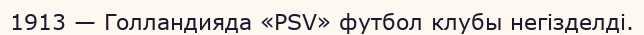
1913 — Голландияда «PSV» футбол клубы негізделді.